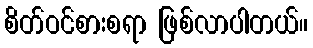
စိတ်ဝင်စားစရာ ဖြစ်လာပါတယ်။